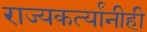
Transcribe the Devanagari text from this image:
राज्यकर्त्यांनीही